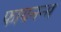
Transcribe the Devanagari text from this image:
फायनन्स